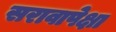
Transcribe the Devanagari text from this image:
सरावापेक्षा